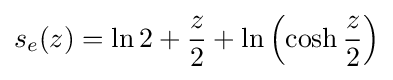
s_{e}(z)=\ln 2+{\frac {z}{2}}+\ln \left(\cosh {\frac {z}{2}}\right)